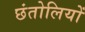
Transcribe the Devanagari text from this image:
छंतोलियों